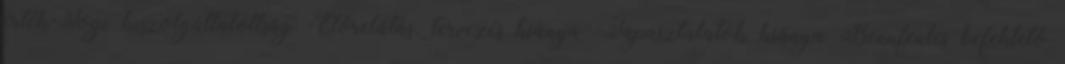
érték-Jogi kiszolgáltatottság -Előrelátás, tervezés hiánya -Tapasztalatok hiánya Bennfentes befektető